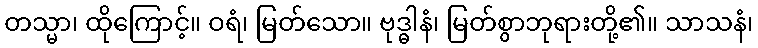
တသ္မာ၊ ထိုကြောင့်။ ဝရံ၊ မြတ်သော။ ဗုဒ္ဓါနံ၊ မြတ်စွာဘုရားတို့၏။ သာသနံ၊